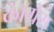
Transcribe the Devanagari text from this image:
काॅंग्रेस